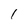
Character: 1